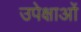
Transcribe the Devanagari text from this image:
उपेक्षाओं